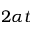
2 \alpha t